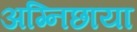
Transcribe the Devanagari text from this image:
अग्निछाया